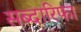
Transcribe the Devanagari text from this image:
सब्दारिफा